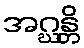
အဂ္ဃန္တိ